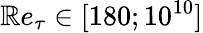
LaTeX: \mathbb{R}e_{\tau}\in[180;10^{10}]